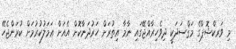
މި ވަރކްޝޮޕްގެ މަޤްސަދަކީ ދިވެހިރާއްޖޭގައި ނާމާ އިތުރަށް ހަރުދަނާކޮށް އެއަށް ޢަމަލުކުރުމަށް ކުރަންޖެހޭ